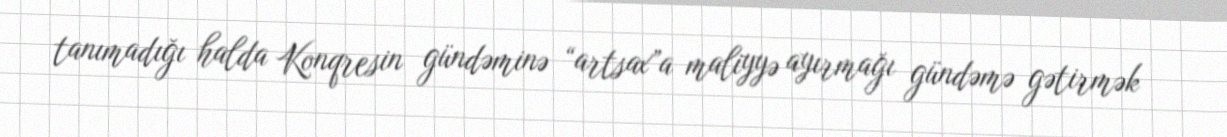
tanımadığı halda Konqresin gündəminə “artsax”a maliyyə ayırmağı gündəmə gətirmək